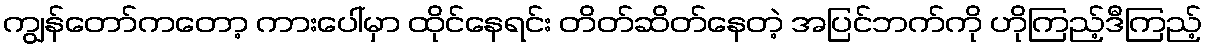
ကျွန်တော်ကတော့ ကားပေါ်မှာ ထိုင်နေရင်း တိတ်ဆိတ်နေတဲ့ အပြင်ဘက်ကို ဟိုကြည့်ဒီကြည့်